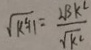
\sqrt { k ^ { 2 } + 1 } = \frac { 2 B k ^ { 2 } } { \sqrt { k ^ { 2 } } }